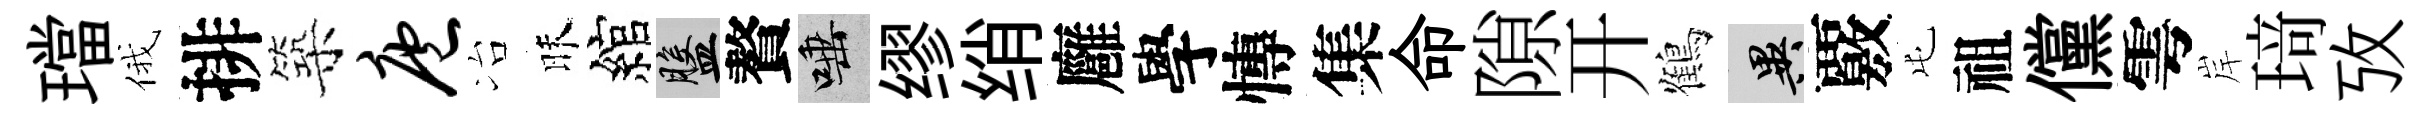
璫俄排築庖冶昧綰盤贅唾缪绡廱學慱集命隙开鶴异覈屯祖儻雩岸𤦺攷